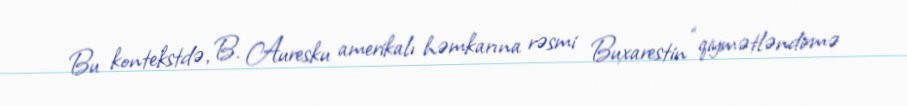
Bu kontekstdə, B. Auresku amerikalı həmkarına rəsmi Buxarestin “qiymətləndirmə